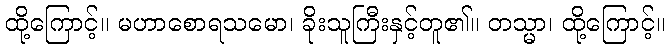
ထို့ကြောင့်။ မဟာစောရသမော၊ ခိုးသူကြီးနှင့်တူ၏။ တသ္မာ၊ ထို့ကြောင့်။